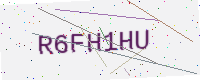
Text: R6FH1HU